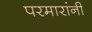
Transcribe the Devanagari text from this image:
परमारांनी